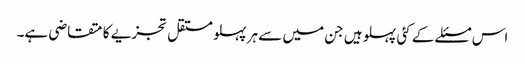
اس مسئلے کے کئی پہلو ہیں جن میں سے ہر پہلو مستقل تجزیے کا متقاضی ہے۔